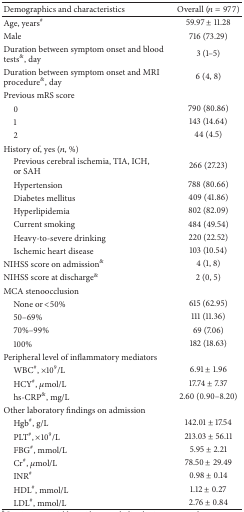
<table><thead><tr><td><b>Demographics and characteristics </b></td><td><b>Overall (<i>n</i> = 977)</b></td></tr></thead><tbody><tr><td>Age, years<sup>#</sup></td><td>59.97 ± 11.28</td></tr><tr><td>Male</td><td>716 (73.29)</td></tr><tr><td>Duration between symptom onset and blood tests<sup>&amp;</sup>, day</td><td>3 (1–5)</td></tr><tr><td>Duration between symptom onset and MRI procedure<sup>&amp;</sup>, day</td><td>6 (4, 8)</td></tr><tr><td>Previous mRS score</td><td> </td></tr><tr><td> 0</td><td>790 (80.86)</td></tr><tr><td> 1</td><td>143 (14.64)</td></tr><tr><td> 2</td><td>44 (4.5)</td></tr><tr><td>History of, yes (<i>n</i>, %)</td><td> </td></tr><tr><td> Previous cerebral ischemia, TIA, ICH, or SAH</td><td>266 (27.23)</td></tr><tr><td> Hypertension</td><td>788 (80.66)</td></tr><tr><td> Diabetes mellitus</td><td>409 (41.86)</td></tr><tr><td> Hyperlipidemia</td><td>802 (82.09)</td></tr><tr><td> Current smoking</td><td>484 (49.54)</td></tr><tr><td> Heavy-to-severe drinking </td><td>220 (22.52)</td></tr><tr><td> Ischemic heart disease</td><td>103 (10.54)</td></tr><tr><td>NIHSS score on admission<sup>&amp;</sup></td><td>4 (1, 8)</td></tr><tr><td>NIHSS score at discharge<sup>&amp;</sup></td><td>2 (0, 5)</td></tr><tr><td>MCA stenoocclusion</td><td> </td></tr><tr><td> None or &lt;50%</td><td>615 (62.95)</td></tr><tr><td> 50–69%</td><td>111 (11.36)</td></tr><tr><td> 70%–99% </td><td>69 (7.06)</td></tr><tr><td> 100%</td><td>182 (18.63)</td></tr><tr><td>Peripheral level of inflammatory mediators</td><td> </td></tr><tr><td> WBC<sup>#</sup>, ×10<sup>9</sup>/L </td><td>6.91 ± 1.96</td></tr><tr><td> HCY<sup>#</sup>, <i>μ</i>mol/L</td><td>17.74 ± 7.37</td></tr><tr><td> hs-CRP<sup>&amp;</sup>, mg/L</td><td>2.60 (0.90–8.20)</td></tr><tr><td>Other laboratory findings on admission</td><td> </td></tr><tr><td> Hgb<sup>#</sup>, g/L </td><td>142.01 ± 17.54</td></tr><tr><td> PLT<sup>#</sup>, ×10<sup>9</sup>/L </td><td>213.03 ± 56.11</td></tr><tr><td> FBG<sup>#</sup>, mmol/L </td><td>5.95 ± 2.21</td></tr><tr><td> Cr<sup>#</sup>, <i>μ</i>mol/L</td><td>78.50 ± 29.49</td></tr><tr><td> INR<sup>#</sup></td><td>0.98 ± 0.14</td></tr><tr><td> HDL<sup>#</sup>, mmol/L</td><td>1.12 ± 0.27</td></tr><tr><td> LDL<sup>#</sup>, mmol/L</td><td>2.76 ± 0.84</td></tr></tbody></table>